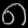
Digit: ၈